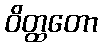
ဝိတ္ထတော